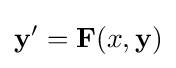
\mathbf {y} '=\mathbf {F} (x,\mathbf {y} )